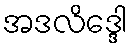
အဒလိဒ္ဒေါ